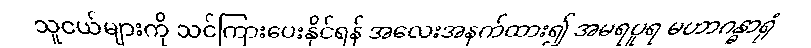
သူငယ်များကို သင်ကြားပေးနိုင်ရန် အလေးအနက်ထား၍ အမရပူရ မဟာဂန္ဓာရုံ